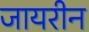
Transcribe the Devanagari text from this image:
जायरीन